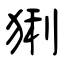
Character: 猁